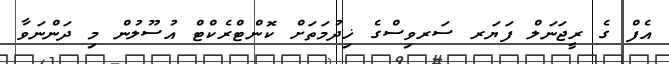
އެފް ގެ ރީޖަނަލް ފަޔަރ ސަރވިސްގެ ޚިދުމަތަށް ކޮންޓްރެކްޓް އުސޫލުން މި ދަންނަވާ